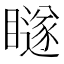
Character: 𭿨